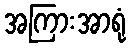
အကြားအာရုံ